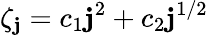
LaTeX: \zeta_{\mathbf{j}}=c_{1}\mathbf{j}^{2}+c_{2}\mathbf{j}^{1/2}